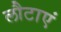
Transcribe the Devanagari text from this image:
लौटाएं